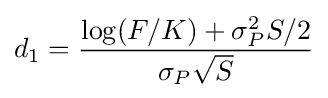
d_{1}={\frac {\log(F/K)+\sigma _{P}^{2}S/2}{\sigma _{P}{\sqrt {S}}}}